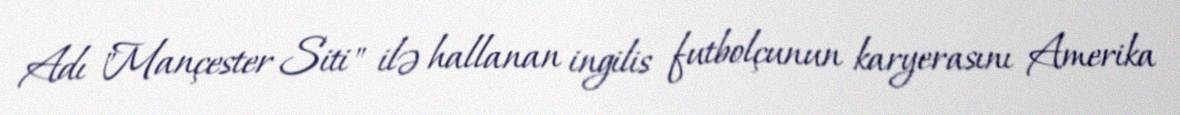
Adı "Mançester Siti" ilə hallanan ingilis futbolçunun karyerasını Amerika